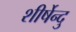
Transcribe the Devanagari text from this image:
शीर्षेन्दु